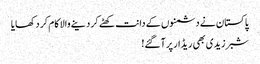
پاکستان نے دشمنوں کے دانت کھٹے کر دینے والا کام کر د کھایا
شبر زیدی بھی ریڈار پر آگئے!